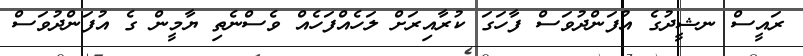
ރައީސް ނޝީދުގެ އުފަންދުވަސް ފާހަގަ ކުރާއިރަށް ލަހެއްފަހެއް ވެސްނެތި ޔާމީން ގެ އުފަންދުވަސް